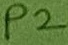
Text: P2